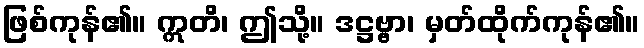
ဖြစ်ကုန်၏။ ဣတိ၊ ဤသို့။ ဒဋ္ဌဗ္ဗာ၊ မှတ်ထိုက်ကုန်၏။